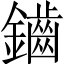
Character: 鑡